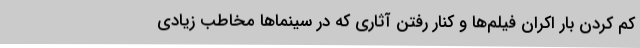
کم کردن بار اکران فیلم‌ها و کنار رفتن آثاری که در سینماها مخاطب زیادی